Annual administration report of the Civil Veterinary Department of India - 1898-1899
Year: 1898
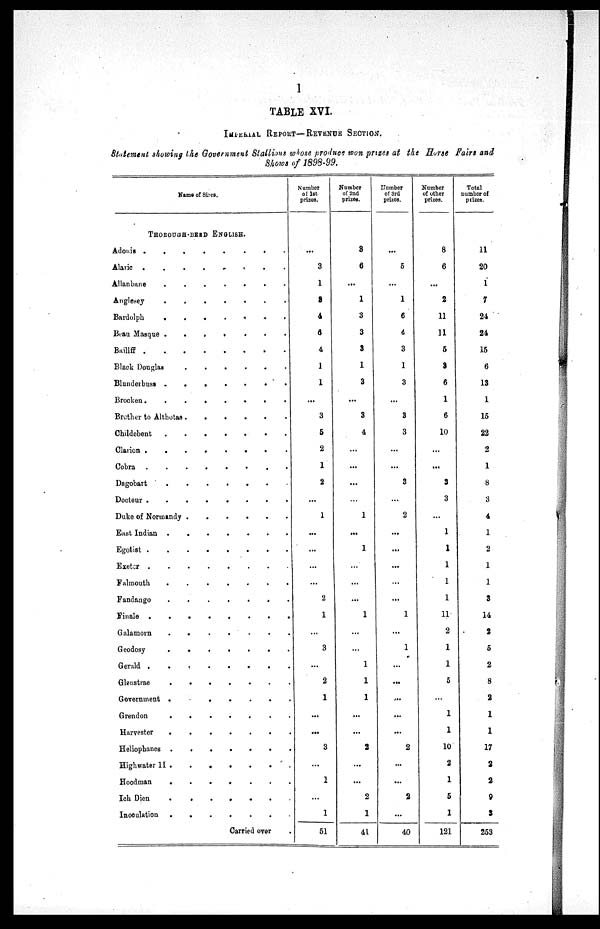
1
TABLE XVI.
IMPERIAL REPORT—REVENUE SECTION.
Statement showing the Government Stallims whose produce won prizes at the Horse Fairs and
Shows of 1898-99.
Name of Sires.
THOROUGH-BRED ENGLISH.
Adonis .
.
.
.
.
.
.
.
Alaric
.
.
.
.
.
.
.
.
Allanbane.
.
.
.
.
.
.
.
Anglesey.
.
.
.
.
.
.
.
Bardolph
.
.
.
.
.
.
.
.
Beau Masque . . . . . . . .
Bailiff
.
.
.
.
Black Douglas
.
.
.
.
.
.
.
.
Blunderbuss
.
.
.
.
.
.
.
.
Brocken
.
.
.
.
.
.
.
.
Brother to Althotas . . . . . . . .
Childebent
.
.
.
.
.
.
.
.
Clarion
.
.
.
.
.
.
.
.
Cobra
.
.
.
.
Dagobart
.
.
.
.
.
.
.
.
Docteur
.
.
.
.
.
.
.
.
Duke of Normandy . . . . . . . .
East Indian
.
.
.
.
.
.
.
.
Egotist
.
.
.
.
Exetor
.
.
.
Falmouth
.
.
.
.
.
.
.
.
Fandango
.
.
.
.
.
.
.
.
Finale
.
.
.
.
Galamorn
.
.
.
.
.
.
.
.
Geodosy
.
.
.
.
.
.
.
.
Gerald
.
.
.
.
.
.
.
.
Glenstrae . . . . . . . .
Government . . . . . . . .
Grendon
.
.
.
.
.
.
.
.
Harvester . . . . . . . .
Heliophanes . . . . . . . .
Highwater II . . . . . .
Hoodman . . . . . . . .
Ich Dien . . . . . . . .
Inoculation . . . . . . . .
Carried over .
Number
of 1st
prizes.
...
3
1
3
4
6
4
1
1
...
3
5
2
1
2
...
1
...
...
...
...
2
1
...
3
...
2
1
...
...
3
...
1
...
1
51
Number
of 2nd
prizes.
8
6
...
1
3
3
3
1
3
...
3
4
...
...
...
1
...
1
...
...
...
1
...
...
1
1
1
...
...
2
...
...
2
1
41
Number
of 3rd
prizes.
...
5
...
1
6
4
3
1
3
...
3
3
...
...
3
...
2
...
...
...
...
...
1
...
1
...
...
...
...
...
2
...
...
2
...
40
Number
of other
prizes.
8
6
...
2
11
11
5
3
6
1
6
10
...
...
3
3
...
1
1
1
1
1
11
2
1
1
5
...
1
1
10
2
1
5
1
121
Total
number of
prizes.
11
20
1
7
24
24
15
6
13
1
15
22
2
1
8
3
4
1
2
1
1
3
14
2
5
2
8
2
1
1
17
2
2
9
3
253